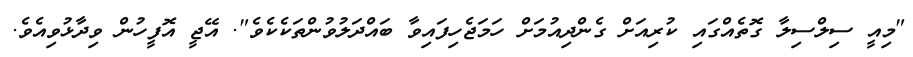
"މިއީ ސިލްސިލާ ގޮތެއްގައި ކުރިއަށް ގެންދިއުމަށް ހަމަޖެހިފައިވާ ބައްދަލުވުންތަކެކެވެ". އޭޖީ އޮފީހުން ވިދާޅުވިއެވެ.